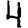
Digit: 4